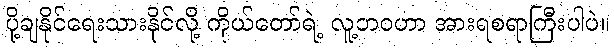
ပို့ချနိုင်ရေးသားနိုင်လို့ ကိုယ်တော်ရဲ့ လူ့ဘဝဟာ အားရစရာကြီးပါပဲ။